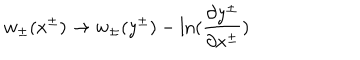
w _ { \pm } ( x ^ { \pm } ) \rightarrow w _ { \pm } ( y ^ { \pm } ) - \ln ( { \frac { \partial y ^ { \pm } } { \partial x ^ { \pm } } } )